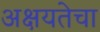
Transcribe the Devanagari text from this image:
अक्षयतेचा